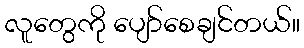
လူတွေကို ပျော်စေချင်တယ်။